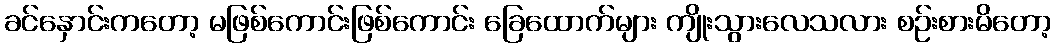
ခင်နှောင်းကတော့ မဖြစ်ကောင်းဖြစ်ကောင်း ခြေထောက်များ ကျိုးသွားလေသလား စဉ်းစားမိတော့